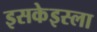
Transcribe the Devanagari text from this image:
इसकेइस्ला